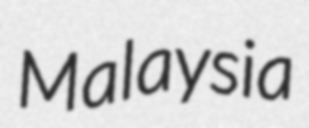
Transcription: Malaysia